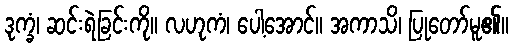
ဒုက္ခံ၊ ဆင်းရဲခြင်းကို။ လဟုကံ၊ ပေါ့အောင်။ အကာသိ၊ ပြုတော်မူ၏။